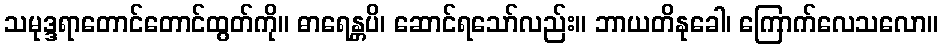
သမုဒ္ဒရာတောင်တောင်ထွတ်ကို။ ဓာရေန္တပိ၊ ဆောင်ရသော်လည်း။ ဘာယတိနုခေါ၊ ကြောက်လေသလော။